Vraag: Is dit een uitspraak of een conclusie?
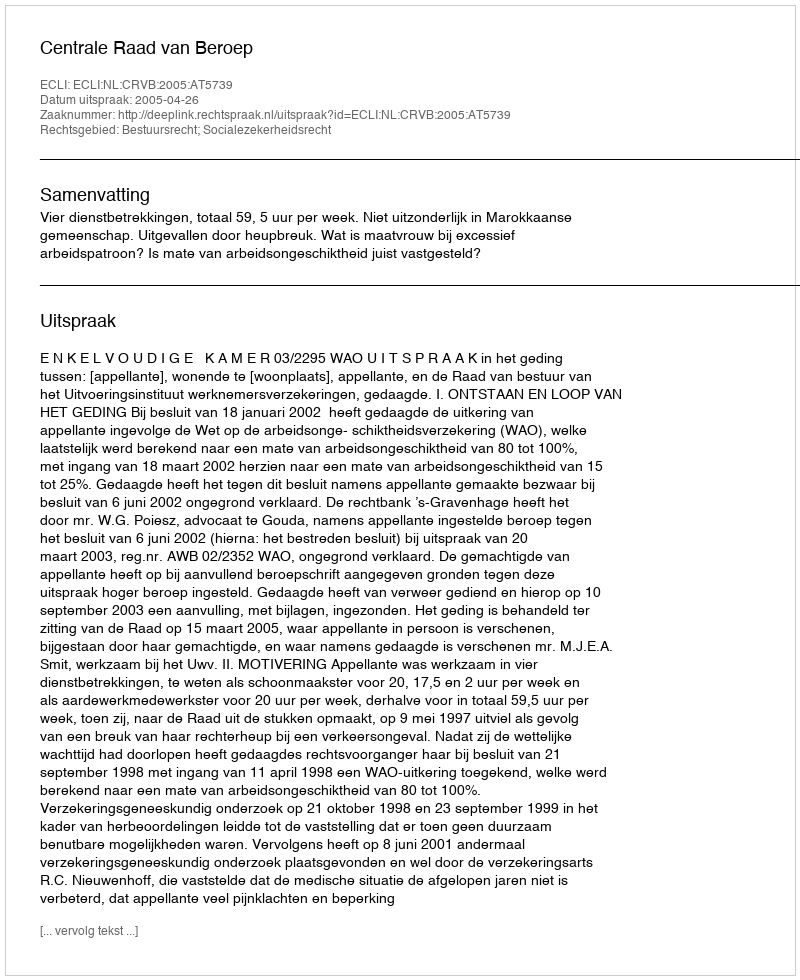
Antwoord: Uitspraak